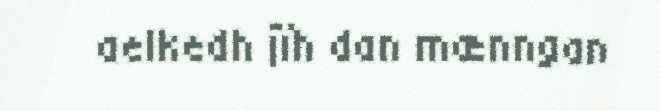
aelkedh jïh dan mænngan